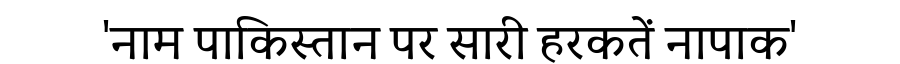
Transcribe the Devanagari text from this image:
'नाम पाकिस्तान पर सारी हरकतें नापाक'